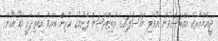
ޖީއެމްއާރުގެ އެއްބަސްވުން އުވާލި މައްސަލައިގެ އާބިޓްރޭޝަން ފެށުމުގެ ކުރިން ބާއްވާ އިބްތިދާއީ އަޑުއެހުން